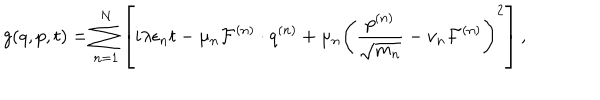
g ( q , p , t ) = \sum _ { n = 1 } ^ { N } \left[ i \lambda \epsilon _ { n } t - \mu _ { n } { \cal F } ^ { ( n ) } \cdot q ^ { ( n ) } + \mu _ { n } \left( \frac { p ^ { ( n ) } } { \sqrt { m _ { n } } } - \nu _ { n } { \cal F } ^ { ( n ) } \right) ^ { 2 } \right] ,